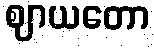
ဈာယတော